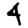
Digit: 4